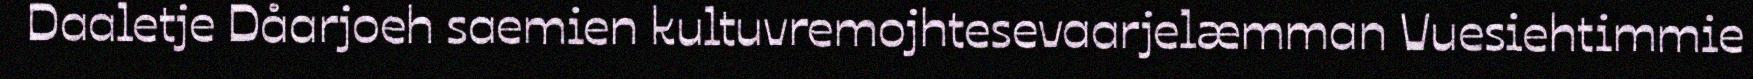
Daaletje Dåarjoeh saemien kultuvremojhtesevaarjelæmman Vuesiehtimmie